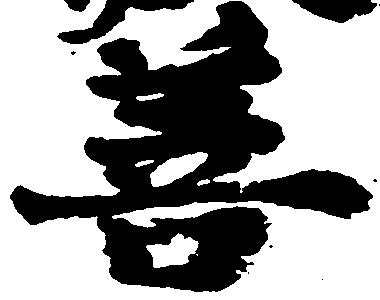
善